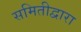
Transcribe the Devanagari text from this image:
समितीद्वारा